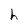
Character: h